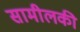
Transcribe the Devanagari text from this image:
सामीलकी